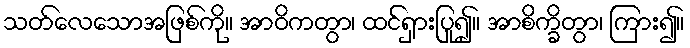
သတ်လေသောအဖြစ်ကို။ အာဝိကတွာ၊ ထင်ရှားပြု၍။ အာစိက္ခိတွာ၊ ကြား၍။